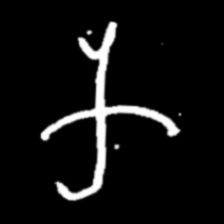
Pyu character \u2014 Myanmar letter: က (romanized: ka)